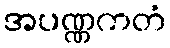
အပဏ္ဏကတံ